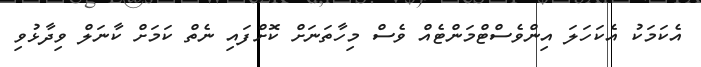
އެކަމަކު އެކަހަލަ އިންވެސްޓްމަންޓެއް ވެސް މިހާތަނަށް ކޮށްފައި ނެތް ކަމަށް ކާނަލް ވިދާޅުވި